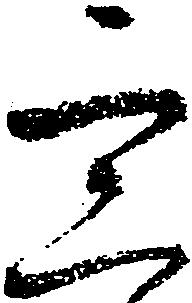
四